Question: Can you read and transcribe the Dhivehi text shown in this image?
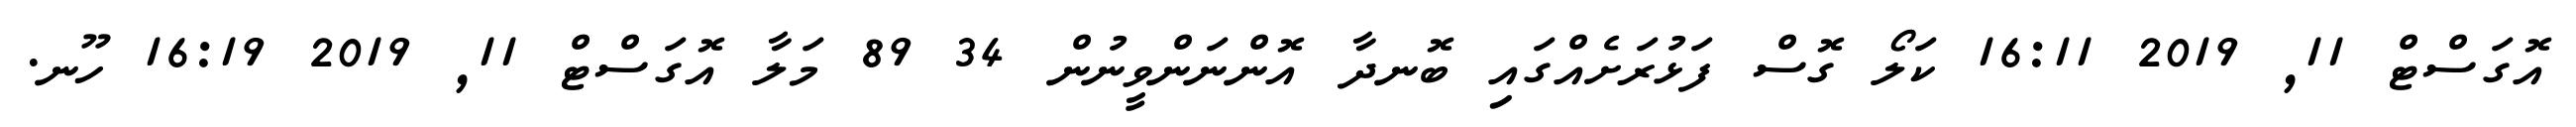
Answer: އޮގަސްޓް 11, 2019 16:11 ކަލޯ ގޮސް ފަޅުރަށެއްގައި ބޮނދާ އޮންނަންވީނުން 34 89 މަލާ އޮގަސްޓް 11, 2019 16:19 ހޫނ.